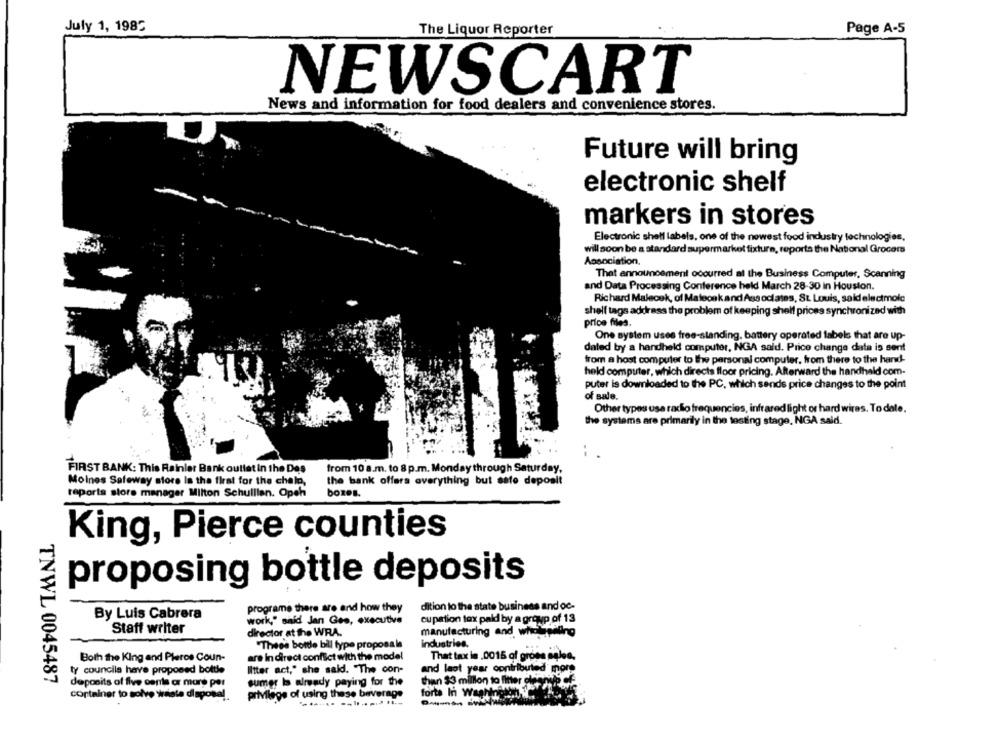
July 1, 1985
Page A-5
The Liquor Reporter
NEWSCART
News and information for food dealers and convenience stores.
Future will bring
electronic shelf
markers in stores
Electronic shell labels, one of the newest food industry technologies,
will soon be a standard supermarket fixture, reports the National Grocers
Association,
That announcement occurred at the Business Computer, Scanning
and Data Processing Conference held March 28-30 in Houston.
Richard Malecek, of Malecak and Associates, St. Louis, said electmole
shelf tags address the problem of keeping shelf prices synchronized with
price files.
One system uses free-standing. battery operated labels that are up-
dated by a handheld computer, INGA sald. Price change data is sent
from a host computer to the personal computer, from there to the hand-
held computer, which directs floor pricing. Afterward the handheld com-
puter is downloaded to the PC, which sends price changes to the point
of sale.
Other types usa radio frequencies, infrared light or hard wires. To date.
the systems are primarily in the testing stage, NGA said.
--
from 10 a.m. to 8 p.m. Monday through Saturday,
FIRST BANK: This Rainlar Bank outlet in the Des
Moines Safeway store Is the first for the chalo,
the bank offers everything but safe deposit
reports store manager Milton Schullian. Opeh
boxes.
King, Pierce counties
proposing bottle deposits
programe there are and how they
dition to the state business and oc-
By Luis Cabrera
work," said Jan Ges, executive
cupation tox pald by a group of 13
Staff writer
manufacturing and wholesaling
director at the WRA.
"Thees borde bill type proposals
industries.
Both the King and Pleros Coun-
are in direct conflict with the model
That tax in 0015 of gross sales,
and last year contributed more
ty councils have proposed bottle
Iltter act," she said. "The con-
TNWL 0045487
deposits of five cente ar mars por
sumer Is already paying for the
than $3 million to litter oleanus of
forte In Waahines
Container to solve waste disposal.
privilege of using these beverage